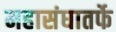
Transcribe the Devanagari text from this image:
महासंघातर्फे